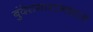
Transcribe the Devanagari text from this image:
बुंदेसगारटनशाऊ